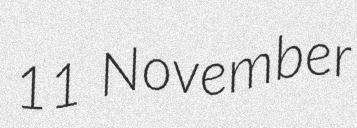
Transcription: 11 November